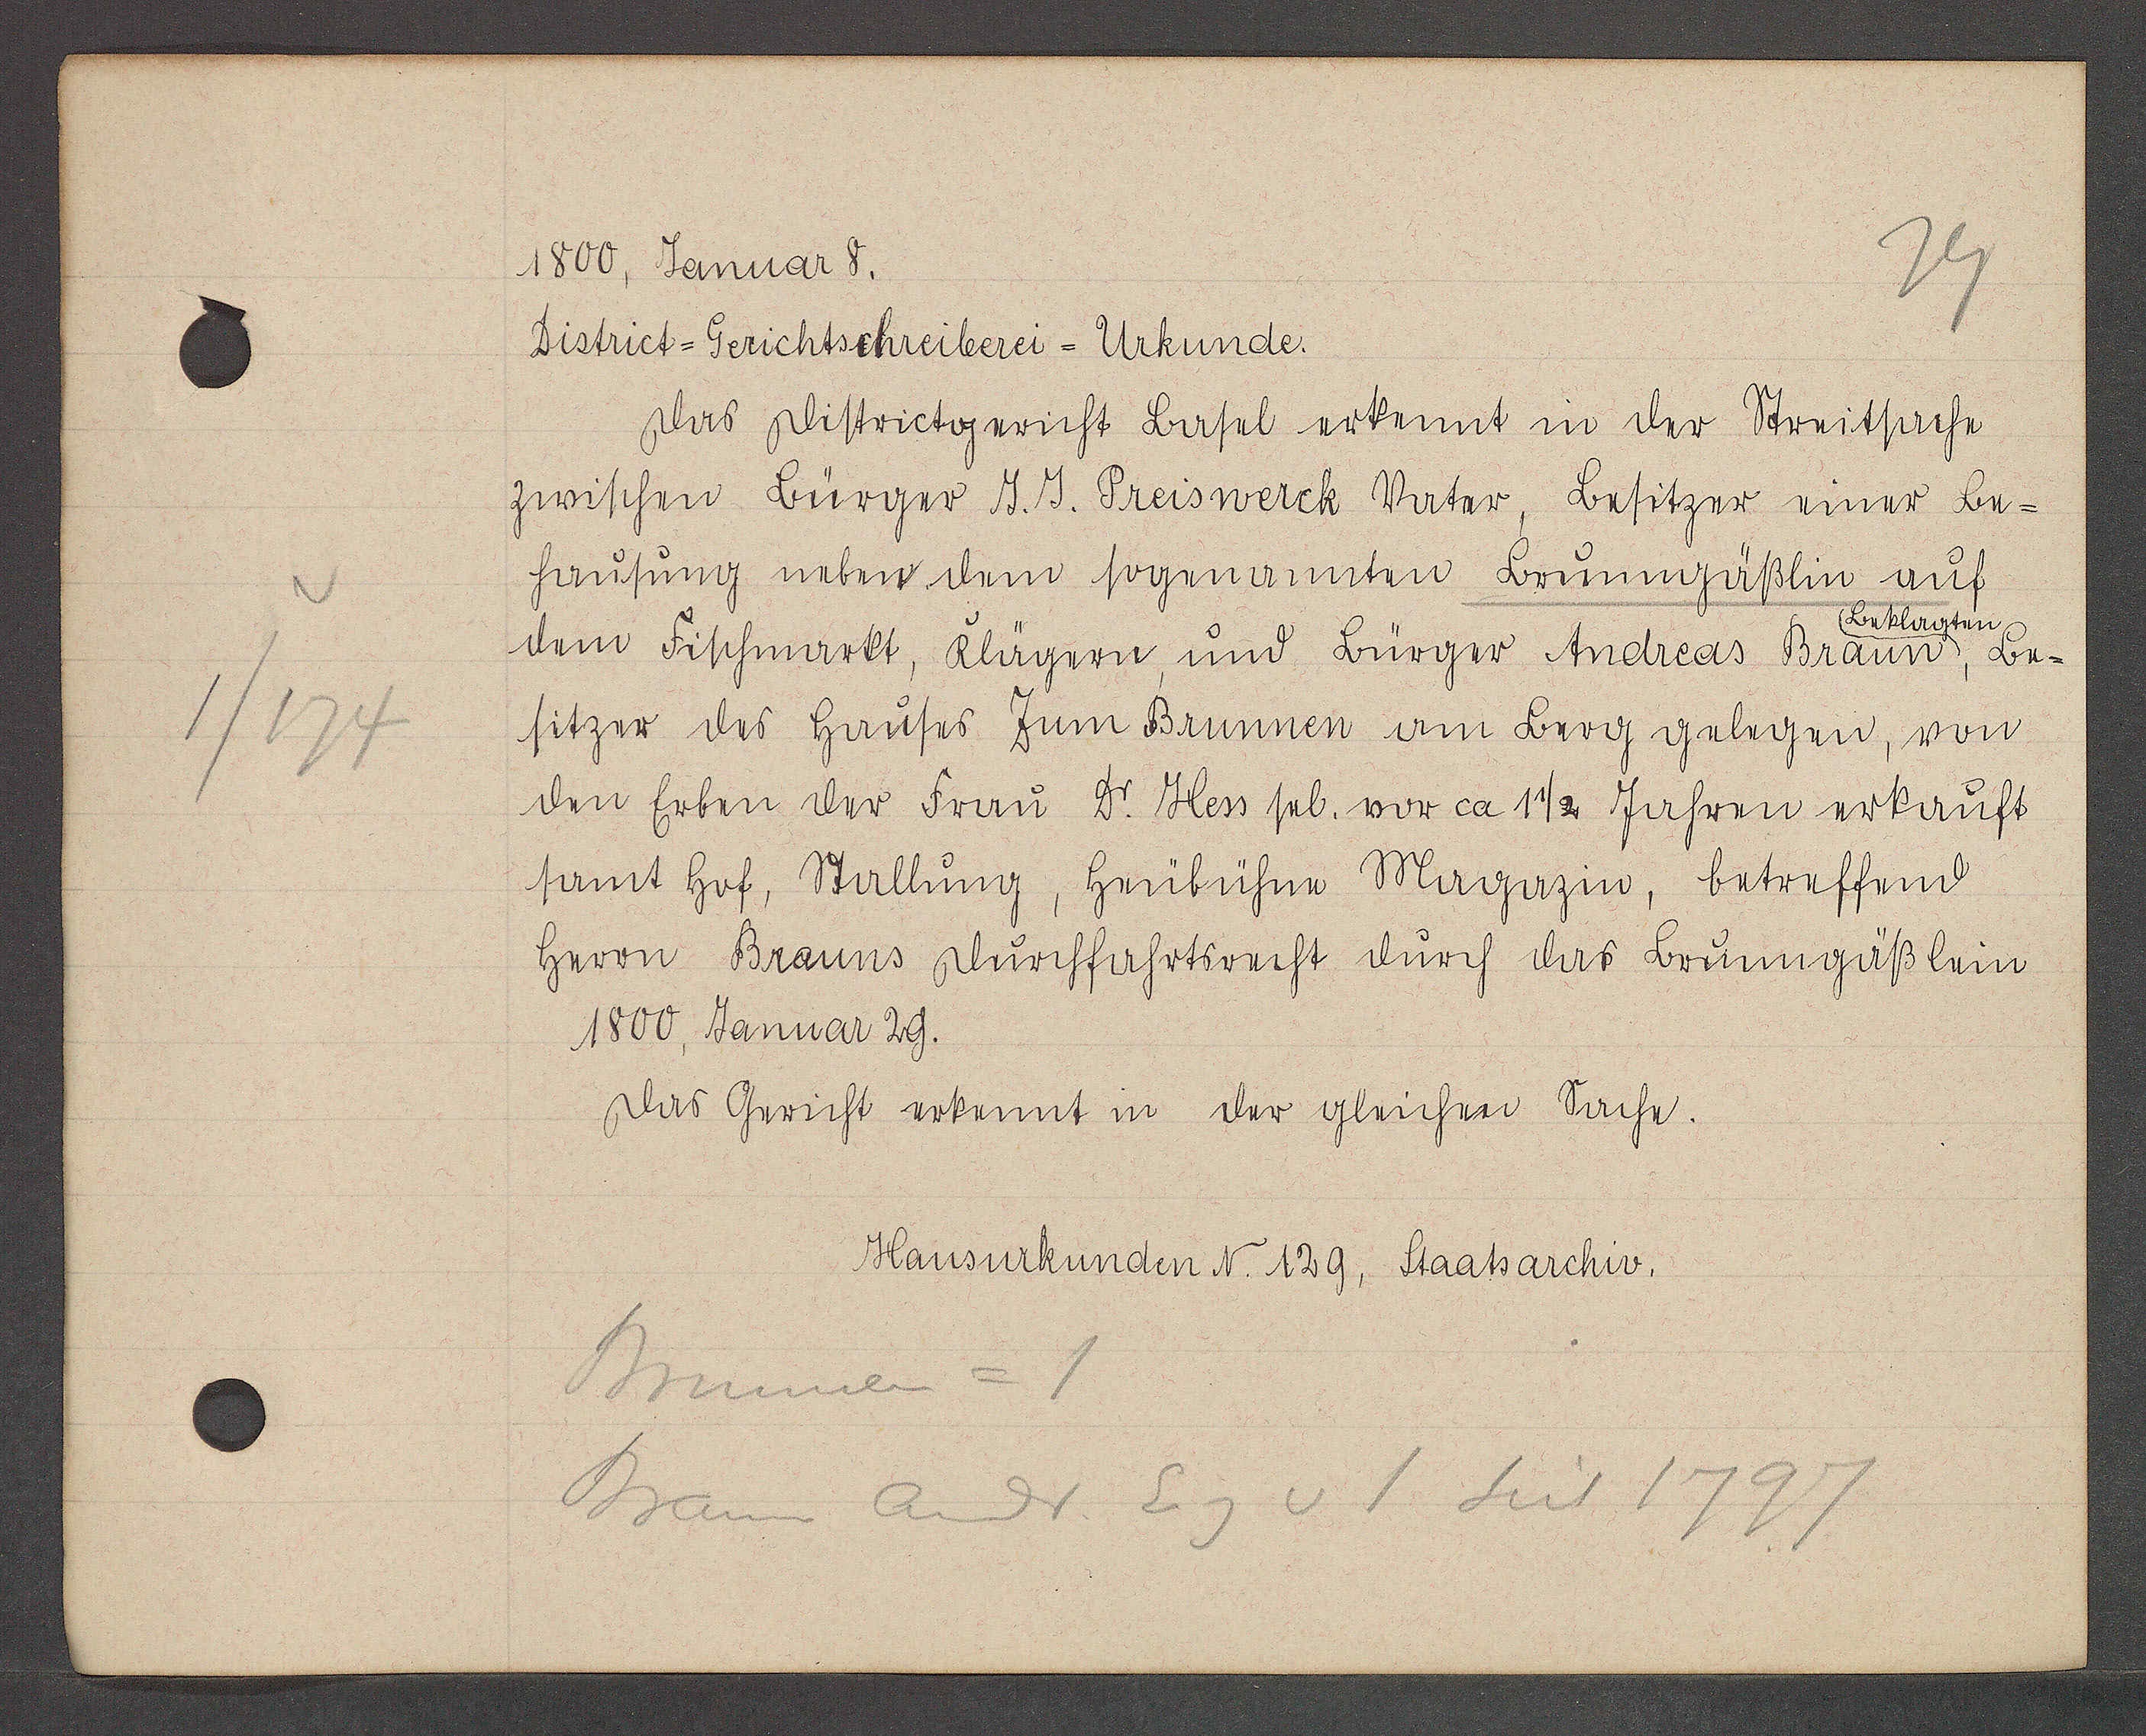
Transcript:
1/174

1800, Januar 8.

District-Gerichtschreiberei-Urkunde.
Das Districtgericht Basel erkennt in der Streitsache
zwischen Bürger J. J. Preiswerck Vater, Besitzer einer Be-
hausung neben dem sogenannten Boumgäßlin auf
Beklagten
dem Fischmarkt, Klägern und Bürger Andreas Braun, Be-
sitzer des hauses Zum Brunnen am Berg gelegen, von
den Erben der Frau Dr. Hess sel. vor ca 1 1/2 Jahren erkauft
samt hof, Stallung, heubühne Magazin, betreffend
herrn Brauns Durchfahrtsrecht durch das Baumgäßlein
1800, Januar 29.
Das Gericht erkennt in der gleichen Sache.

Hausurkunden N. 129, Staatsarchiv.

Brunnen = 1
Braun Andr. Eig v 1 seit 1797